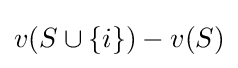
v(S\cup \{i\})-v(S)